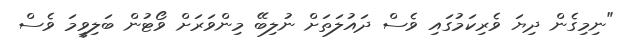
"ނިމިގެން ދިޔަ ވެރިކަމުގައި ވެސް ދައުލަތަށް ނުލިބޭ މިންވަރަަށް ވޯޓުން ބަލިވީމަ ވެސް